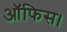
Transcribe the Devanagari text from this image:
आॅफिस।